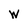
Character: w